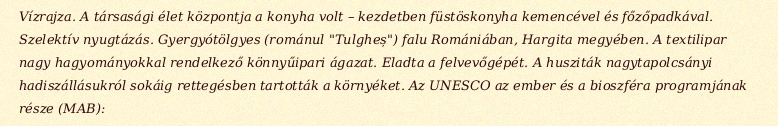
Vízrajza. A társasági élet központja a konyha volt – kezdetben füstöskonyha kemencével és főzőpadkával. Szelektív nyugtázás. Gyergyótölgyes (románul "Tulgheș") falu Romániában, Hargita megyében. A textilipar nagy hagyományokkal rendelkező könnyűipari ágazat. Eladta a felvevőgépét. A husziták nagytapolcsányi hadiszállásukról sokáig rettegésben tartották a környéket. Az UNESCO az ember és a bioszféra programjának része (MAB):